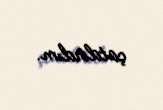
çatdırdım.